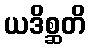
ယဒိစ္ဆတိ